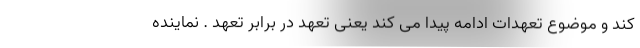
کند و موضوع تعهدات ادامه پیدا می کند یعنی تعهد در برابر تعهد . نماینده